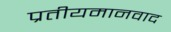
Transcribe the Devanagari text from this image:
प्रतीयमानवाद